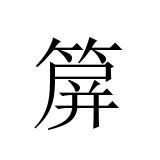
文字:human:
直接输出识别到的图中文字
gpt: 箳